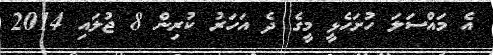
އެ މައްސަލަ ހުށަހެޅީ މީގެ ދެ އަހަރު ކުރިން 8 ޖުލައި 2014